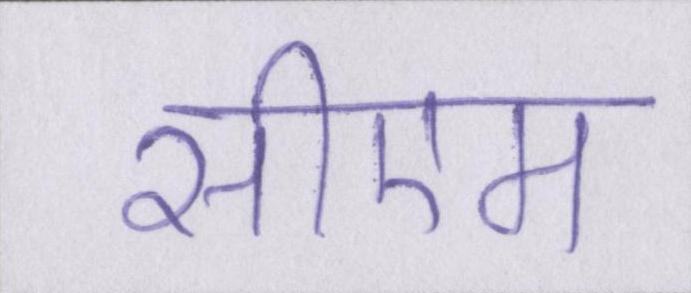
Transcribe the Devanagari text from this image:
सीएम